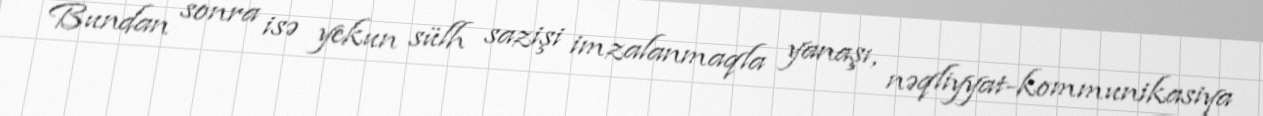
Bundan sonra isə yekun sülh sazişi imzalanmaqla yanaşı, nəqliyyat-kommunikasiya